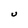
Character: U